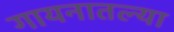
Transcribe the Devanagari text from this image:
गायनातल्या